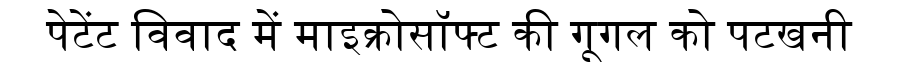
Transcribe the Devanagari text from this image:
पेटेंट विवाद में माइक्रोसॉफ्ट की गूगल को पटखनी